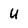
Character: u